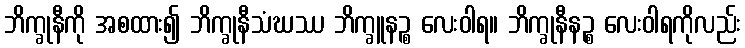
ဘိက္ခုနီကို အစထား၍ ဘိက္ခုနီသံဃဿ ဘိက္ခူနဉ္စ လေးဝါရ။ ဘိက္ခုနီနဉ္စ လေးဝါရကိုလည်း